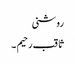
روشنی
ثاقب رحیم ۔